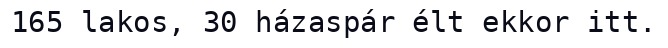
165 lakos, 30 házaspár élt ekkor itt.